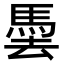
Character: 𩢧